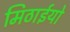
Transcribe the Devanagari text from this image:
मिठाईयो